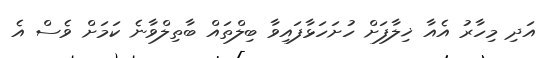
އަދި މިހާރު އެއާ ޚިލާފަށް ހުށަހަޅާފައިވާ ބިލްތައް ބާތިލްވާނެ ކަމަށް ވެސް އެ